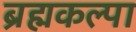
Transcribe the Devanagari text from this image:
ब्रह्मकल्पा